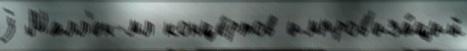
j Малл'ен-мл конце́ртов импров'иза́ций